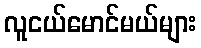
လူငယ်မောင်မယ်များ